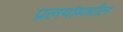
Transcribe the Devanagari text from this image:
प्रलयांमधील